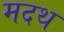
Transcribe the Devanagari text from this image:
मदथ